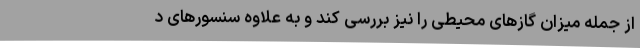
از جمله میزان گازهای محیطی را نیز بررسی کند و به علاوه سنسورهای د